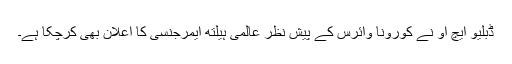
ڈبلیو ایچ او نے کورونا وائرس کے پیش نظر عالمی ہیلتھ ایمرجنسی کا اعلان بھی کرچکا ہے۔